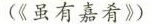
(《虽有嘉肴》）